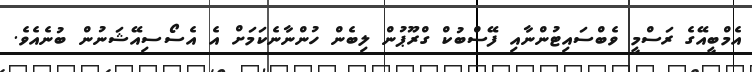
އެމްބީއޭގެ ރަސްމީ ވެބްސައިޓުންނާއި ފޭސްބުކް ގްރޫޕުން ލިބެން ހުންނާނެކަމަށް އެ އެސޯސިއޭޝަނުން ބުނެއެވެ.